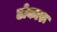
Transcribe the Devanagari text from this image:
ढोकारू